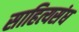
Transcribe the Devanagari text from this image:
साहित्यसंघ